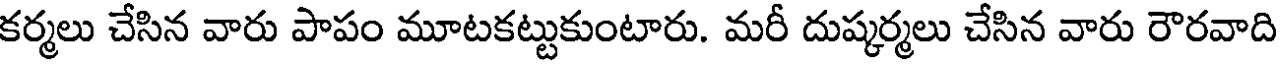
కర్మలు చేసిన వారు పాపం మూటకట్టుకుంటారు. మరీ దుష్కర్మలు చేసిన వారు రౌరవాది